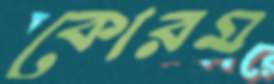
কোরম